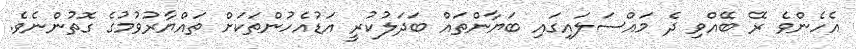
އެހެންވެ ރޭ ބޭއްވި ދެ މައްސަލައިގައި ބަޔާންތައް ބަދަލުކުރީ އަޑުއެހުންތަކަށް ތައްޔާރުވުމުގެ ގޮތުންނެވެ.